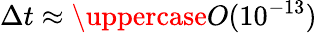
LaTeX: \Delta t\approx\uppercase{O}(10^{-13})